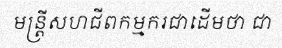
មន្ត្រីសហជីពកម្មករជាដើមថា ជា